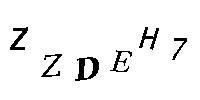
ZZDEH7